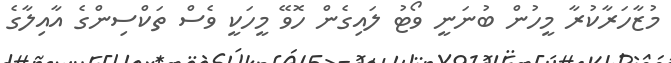
މުޒާހަރާކުރާ މީހުން ބުނަނީ ވޯޓު ލައިގެން ހޮވޭ މީހަކީ ވެސް ތަކްސިންގެ އާއިލާގެ